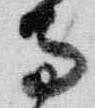
寺